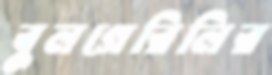
বুলগেরিলির